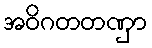
အဝိဂတတဏှာ